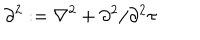
\partial ^ { 2 } : = \nabla ^ { 2 } + \partial ^ { 2 } / \partial ^ { 2 } \tau